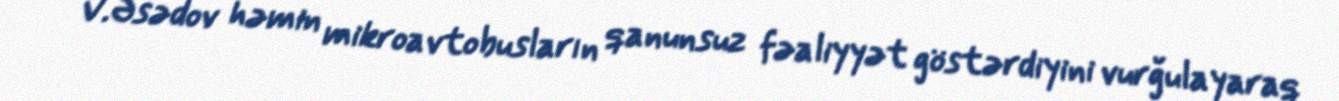
V.Əsədov həmin mikroavtobusların qanunsuz fəaliyyət göstərdiyini vurğulayaraq